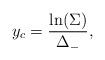
LaTeX: \begin{align*}~y_c = \frac{\ln (\Sigma)}{ \Delta_-},\end{align*}